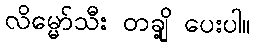
လိမ္မော်သီး တချို့ ပေးပါ။